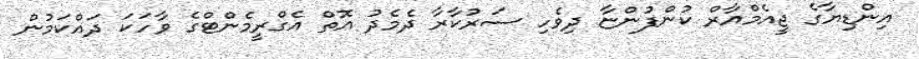
އިންޑިޔާގެ ޖީއެމްއާރް ކުންފުންޏާ ދިވެހި ސަރުކާރާ ދެމެދު އޮތް އެގްރީމެންޓްގެ ވާހަކަ ދައްކަމުން